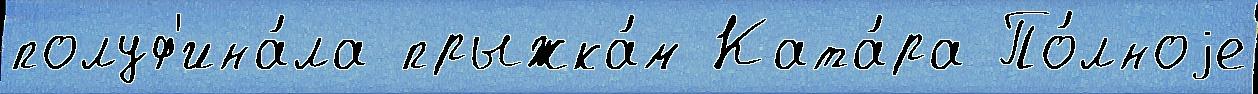
полуф'ина́ла прыжка́м Ката́ра По́лноjе